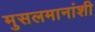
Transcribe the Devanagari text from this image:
मुसलमानांशी